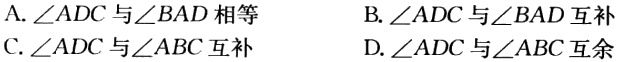
A. $\angle ADC$与$\angle BAD$相等
B. $\angle ADC$与$\angle BAD$互补
C. $\angle ADC$与$\angle ABC$互补
D. $\angle ADC$与$\angle ABC$互余